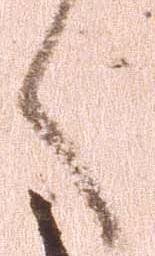
く